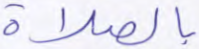
بالصلاة